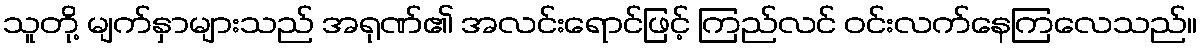
သူတို့ မျက်နှာများသည် အရုဏ်၏ အလင်းရောင်ဖြင့် ကြည်လင် ဝင်းလက်နေကြလေသည်။